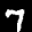
Label: 7